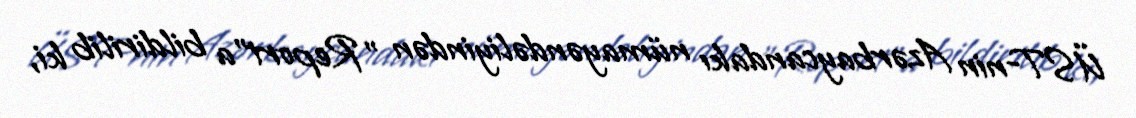
ÜST-nin Azərbaycandakı nümayəndəliyindən "Report"a bildirilib ki,